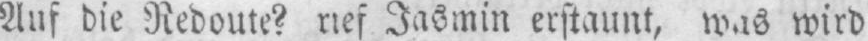
Auf die Redoute? rief Jasmin erstaunt, was wird